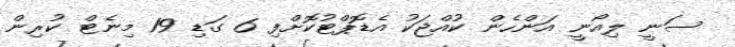
ސަނީ ލިއޯނީ އަންހެން ކުއްޖަކު އެޑޮޕްޓުކޮށްފި 6 ގަޑި 19 މިނެޓް ކުރިން